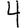
Digit: 4